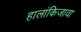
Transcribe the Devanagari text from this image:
हालांकिजावा